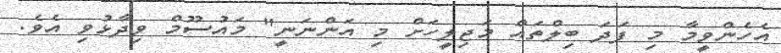
އެހެންވީމާ މި ފަދަ ބިލްތައް މަޖިލީހަށް މި އަންނަނީ" މައުސޫމް ވިދާޅުވި އެވެ.